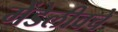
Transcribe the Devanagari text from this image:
मेंडेलीवचे